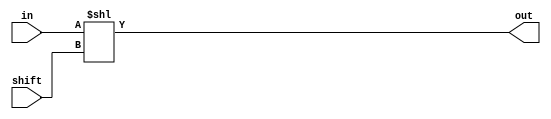
module barrel_shifter(in, shift, out);
input  [7:0] in;
input  [2:0] shift;
output [7:0] out;

/*Write your code here*/
assign out = in << shift;

/*End of code*/
endmodule